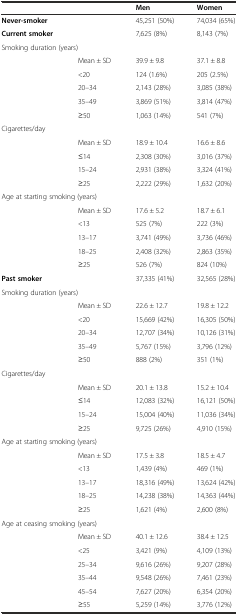
<table><thead><tr><td></td><td></td><td><b>Men</b></td><td><b>Women</b></td></tr></thead><tbody><tr><td><b>Never-smoker</b></td><td></td><td>45,251 (50%)</td><td>74,034 (65%)</td></tr><tr><td><b>Current smoker</b></td><td></td><td>7,625 (8%)</td><td>8,143 (7%)</td></tr><tr><td colspan="3">Smoking duration (years)</td><td></td></tr><tr><td></td><td>Mean ± SD</td><td>39.9 ± 9.8</td><td>37.1 ± 8.8</td></tr><tr><td></td><td>&lt;20</td><td>124 (1.6%)</td><td>205 (2.5%)</td></tr><tr><td></td><td>20–34</td><td>2,143 (28%)</td><td>3,085 (38%)</td></tr><tr><td></td><td>35–49</td><td>3,869 (51%)</td><td>3,814 (47%)</td></tr><tr><td></td><td>≥50</td><td>1,063 (14%)</td><td>541 (7%)</td></tr><tr><td colspan="3">Cigarettes/day</td><td></td></tr><tr><td></td><td>Mean ± SD</td><td>18.9 ± 10.4</td><td>16.6 ± 8.6</td></tr><tr><td></td><td>≤14</td><td>2,308 (30%)</td><td>3,016 (37%)</td></tr><tr><td></td><td>15–24</td><td>2,931 (38%)</td><td>3,324 (41%)</td></tr><tr><td></td><td>≥25</td><td>2,222 (29%)</td><td>1,632 (20%)</td></tr><tr><td colspan="2">Age at starting smoking (years)</td><td></td><td></td></tr><tr><td></td><td>Mean ± SD</td><td>17.6 ± 5.2</td><td>18.7 ± 6.1</td></tr><tr><td></td><td>&lt;13</td><td>525 (7%)</td><td>222 (3%)</td></tr><tr><td></td><td>13–17</td><td>3,741 (49%)</td><td>3,736 (46%)</td></tr><tr><td></td><td>18–25</td><td>2,408 (32%)</td><td>2,863 (35%)</td></tr><tr><td></td><td>≥25</td><td>526 (7%)</td><td>824 (10%)</td></tr><tr><td colspan="2"><b>Past smoker</b></td><td>37,335 (41%)</td><td>32,565 (28%)</td></tr><tr><td colspan="3">Smoking duration (years)</td><td></td></tr><tr><td></td><td>Mean ± SD</td><td>22.6 ± 12.7</td><td>19.8 ± 12.2</td></tr><tr><td></td><td>&lt;20</td><td>15,669 (42%)</td><td>16,305 (50%)</td></tr><tr><td></td><td>20–34</td><td>12,707 (34%)</td><td>10,126 (31%)</td></tr><tr><td></td><td>35–49</td><td>5,767 (15%)</td><td>3,796 (12%)</td></tr><tr><td></td><td>≥50</td><td>888 (2%)</td><td>351 (1%)</td></tr><tr><td colspan="3">Cigarettes/day</td><td></td></tr><tr><td></td><td>Mean ± SD</td><td>20.1 ± 13.8</td><td>15.2 ± 10.4</td></tr><tr><td></td><td>≤14</td><td>12,083 (32%)</td><td>16,121 (50%)</td></tr><tr><td></td><td>15–24</td><td>15,004 (40%)</td><td>11,036 (34%)</td></tr><tr><td></td><td>≥25</td><td>9,725 (26%)</td><td>4,910 (15%)</td></tr><tr><td colspan="2">Age at starting smoking (years)</td><td></td><td></td></tr><tr><td></td><td>Mean ± SD</td><td>17.5 ± 3.8</td><td>18.5 ± 4.7</td></tr><tr><td></td><td>&lt;13</td><td>1,439 (4%)</td><td>469 (1%)</td></tr><tr><td></td><td>13–17</td><td>18,316 (49%)</td><td>13,624 (42%)</td></tr><tr><td></td><td>18–25</td><td>14,238 (38%)</td><td>14,363 (44%)</td></tr><tr><td></td><td>≥25</td><td>1,621 (4%)</td><td>2,600 (8%)</td></tr><tr><td colspan="3">Age at ceasing smoking (years)</td><td></td></tr><tr><td></td><td>Mean ± SD</td><td>40.1 ± 12.6</td><td>38.4 ± 12.5</td></tr><tr><td></td><td>&lt;25</td><td>3,421 (9%)</td><td>4,109 (13%)</td></tr><tr><td></td><td>25–34</td><td>9,616 (26%)</td><td>9,207 (28%)</td></tr><tr><td></td><td>35–44</td><td>9,548 (26%)</td><td>7,461 (23%)</td></tr><tr><td></td><td>45–54</td><td>7,627 (20%)</td><td>6,354 (20%)</td></tr><tr><td></td><td>≥55</td><td>5,259 (14%)</td><td>3,776 (12%)</td></tr></tbody></table>